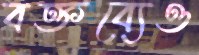
বক্তব্যেও